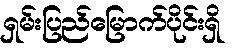
ရှမ်းပြည်မြောက်ပိုင်းရှိ